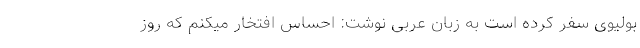
بولیوی سفر کرده است به زبان عربی نوشت: احساس افتخار میکنم که روز